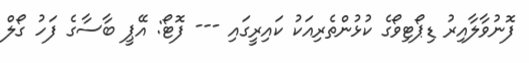
ފޮނުވާލާއިރު ޑިޕޯޓިވޯގެ ކުޅުންތެރިއަކު ކައިރީގައި --- ފޮޓޯ: އޭޕީ ބާސާގެ ފަހު ގޯލް